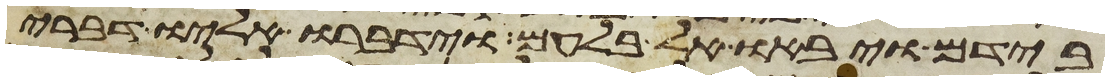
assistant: בידם ויבאו אל בלעם וידברו אליו דברי